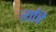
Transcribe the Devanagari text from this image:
त्यचि